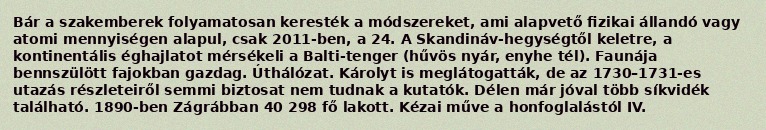
Bár a szakemberek folyamatosan keresték a módszereket, ami alapvető fizikai állandó vagy atomi mennyiségen alapul, csak 2011-ben, a 24. A Skandináv-hegységtől keletre, a kontinentális éghajlatot mérsékeli a Balti-tenger (hűvös nyár, enyhe tél). Faunája bennszülött fajokban gazdag. Úthálózat. Károlyt is meglátogatták, de az 1730–1731-es utazás részleteiről semmi biztosat nem tudnak a kutatók. Délen már jóval több síkvidék található. 1890-ben Zágrábban 40 298 fő lakott. Kézai műve a honfoglalástól IV.